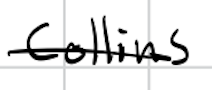
Text: Collins
Cross-out: single-line
Writing tool: digital_black